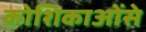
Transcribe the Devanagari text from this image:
कोशिकाओंसे